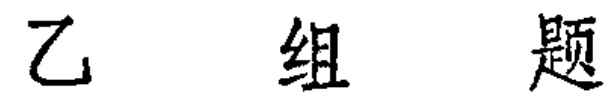
乙组题